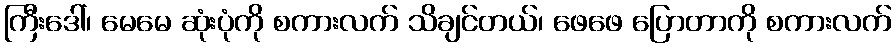
ကြီးဒေါ်၊ မေမေ ဆုံးပုံကို စကားလက် သိချင်တယ်၊ ဖေဖေ ပြောတာကို စကားလက်